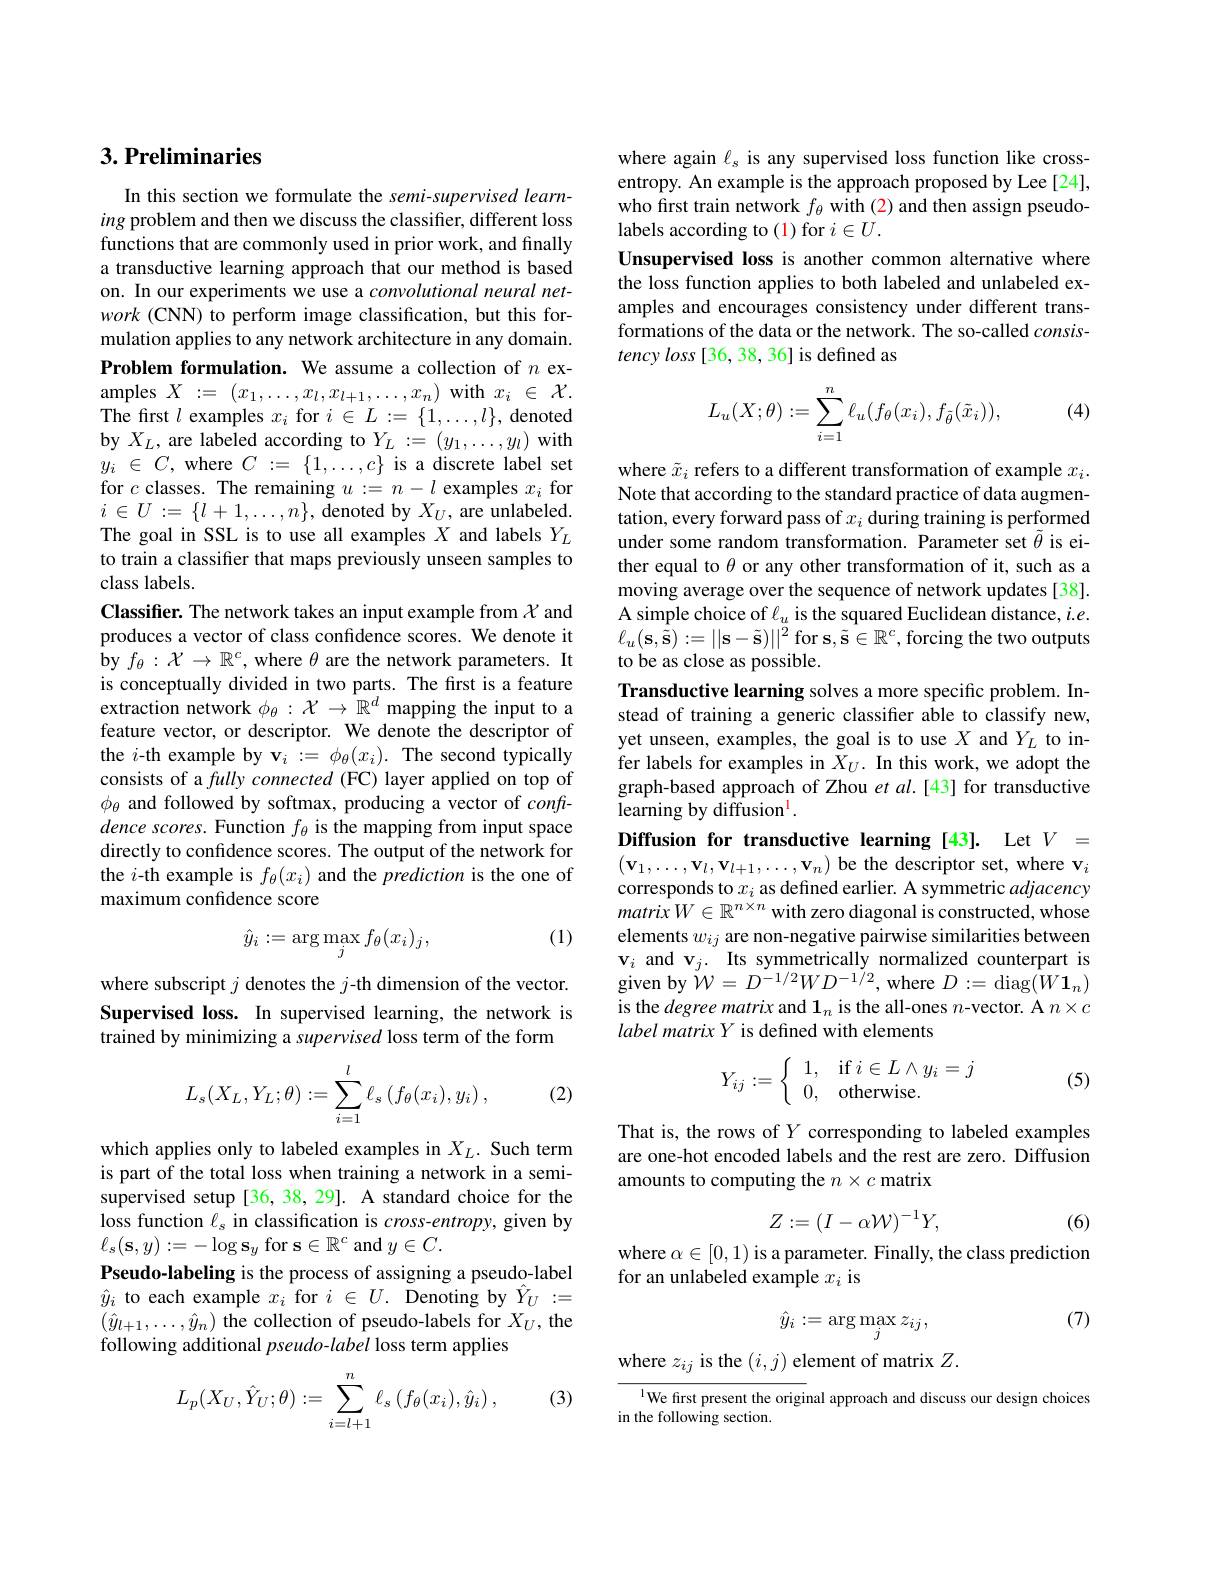
## $3. \textbf{Preliminaries}$

In this section we formulate the semi-supervised learning problem and then we discuss the classifier, different loss functions that are commonly used in prior work, and finally a transductive learning approach that our method is based on. In our experiments we use a convolutional neural network (CNN) to perform image classification, but this formulation applies to any network architecture in any domain. Problem formulation. We assume a collection of $n$ examples $X:=(x_1,\ldots,x_l,x_{l+1},\ldots,x_n)$ with $x_i\in\mathcal{X}.$ The first $l$ examples $x_i$ for $i\in L:=\{1,\ldots,l\}$, denoted $\begin{array}{l}\mathrm{by~}X_{L},\text{are labeled according to}Y_{L}:=(y_{1},\ldots,y_{l})\text{ with}\\y_{i}\in C,\text{where }C:=\{1,\ldots,c\}\text{ is a discrete label set}\end{array}$ for $c$ classes. The remaining $u:=n-l$ examples $x_i$ for $i\in U:=\{l+1,\ldots,n\}$,denoted by$X_U$,are unlabeled. The goal in SSL is to use all examples $X$ and labels $Y_L$ to train a classifer that maps previously unseen samples to class labels.
Classifier. The network takes an input example from $\mathcal{X}$ and produces a vector of class confidence scores. We denote it by $f_\theta:\mathcal{X}\to\mathbb{R}^c$, where $\theta$ are the network parameters. It is conceptually divided in two parts. The first is a feature extraction network $\phi_\theta:\mathcal{X}\to\mathbb{R}^d$ mapping the input to a feature vector, or descriptor. We denote the descriptor of the $i$-th example by v$_i:=\phi_\theta(x_i).$ The second typically consists of a fully connected (FC) layer applied on top of $\phi_{\theta}$ and followed by softmax, producing a vector of confdence scores. Function $f_\theta$ is the mapping from input space directly to confidence scores. The output of the network for the $i$-th example is $f_\theta(x_i)$ and the prediction is the one of maximum confidence score
(1)
$$\hat{y}_i:=\arg\max_jf_\theta(x_i)_j,$$
where subscript $j$ denotes the $j$-th dimension of the vector. Supervised loss. In supervised learning, the network is trained by minimizing a supervised loss term of the form
$$L_s(X_L,Y_L;\theta):=\sum_{i=1}^l\ell_s\left(f_\theta(x_i),y_i\right),$$
(2)

which applies only to labeled examples in $X_L.$ Such term is part of the total loss when training a network in a semisupervised setup [36, 38, 29]. A standard choice for the loss function $\ell_\mathrm{s}$ in classification is $cross-entropy$, given by $\ell_{s}(\mathbf{s},y):=-\log\mathbf{s}_{y}$for s$\in\mathbb{R}^c$ and $y\in C.$
Pseudo-labeling is the process of assigning a pseudo-label $\hat{y}_i$ to each example $x_i$ for $i\in U.$ Denoting by $\hat{Y}_U:=$ $(\hat{y}_{l+1},\ldots,\hat{y}_n)$ the collection of pseudo-labels for $X_U$, the following additional pseudo-label loss term applies

(3)
$$L_p(X_U,\hat{Y}_U;\theta):=\sum_{i=l+1}^n\ell_s\left(f_\theta(x_i),\hat{y}_i\right),$$
where again $\ell_s$ is any supervised loss function like crossentropy. An example is the approach proposed by Lee [24], $\dot{\text{who first train network }f_{\theta}}\hat{\text{ with (2) and then assign pseudo-}}$ labels according to (1) for $i\in U.$
Unsupervised loss is another common alternative where the loss function applies to both labeled and unlabeled examples and encourages consistency under different transformations of the data or the network. The so-called $consis-$ tency loss [36, 38, 36] is defined as

(4)
$$\begin{aligned}L_u(X;\theta):=\sum_{i=1}^n\ell_u(f_\theta(x_i),f_{\tilde{\theta}}(\tilde{x}_i)),\end{aligned}$$
where $\tilde{x}_i$ refers to a different transformation of example $x_i.$ Note that according to the standard practice of data augmentation, every forward pass of $x_i$ during training is performed under some random transformation. Parameter set $\tilde{\theta}$ is either equal to $\theta$ or any other transformation of it, such as a moving average over the sequence of network updates [38]. A simple choice of $\ell_u$ is the squared Euclidean distance, $i.e.$ $\ell_{u}(\mathbf{s},\hat{\tilde{\mathbf{s}}}):=||\mathbf{s}-\tilde{\mathbf{s}})||^{2}$for s$,\tilde{\mathbf{s}}\in\mathbb{R}^{c}$,forcing the two outputs to be as close as possible.
Transductive learning solves a more specific problem. Instead of training a generic classifier able to classify new, yet unseen, examples, the goal is to use $X$ and $Y_L$ to infer labels for examples in $X_U.$ In this work, we adopt the graph-based approach of Zhou et $al.[43]$ for transductive learning by diffusion$^{\mathrm{l}}.$

Diffusion for transductive learning [43]. Let $V=$ $(\mathbf{v}_{1},\ldots,\mathbf{v}_{l},\mathbf{v}_{l+1},\ldots,\mathbf{v}_{n})$ be the descriptor set, where v$_i$ corresponds to $x_i$ as defined earlier. A symmetric adjacency $matrixW\in\mathbb{R}^{n\times n}$ with zero diagonal is constructed, whose elements $w_{ij}$ are non-negative pairwise similarities between $\mathbf{v}_{i}$ and$\mathbf{v} _j. \textbf{Its symmetrically normalized counterpart is}$ given by ${\mathcal{W} }= D^{- 1/ 2}WD^{- 1/ 2}$,where $D:=\operatorname{diag}(W\mathbf{1}_{n})$ is the degree matrix and 1 $_n$ is the all-ones $n$-vector. A $n\times c$ label matrix Y is defined with elements
$$Y_{ij}:=\left\{\begin{array}{ll}1,&\text{if}\:i\in L\wedge y_i=j\\0,&\text{otherwise.}\end{array}\right.$$
(5)

That is, the rows of $Y$ corresponding to labeled examples are one-hot encoded labels and the rest are zero. Diffusion amounts to computing the $n\times c$ matrix
$$Z:=(I-\alpha\mathcal{W})^{-1}Y,$$
(6)

where $\alpha\in[0,1)$ is a parameter. Finally, the class prediction
for an unlabeled example $x_i$ is

(7)
$$\hat{y}_i:=\arg\max_jz_{ij},$$
where $z_ij$ is the $(i,j)$ element of matrix $Z.$

$^{\text{l}}$We first present the original approach and discuss our design choices
in the following section